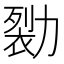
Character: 𰅖